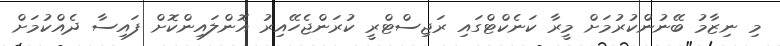
މި ނިޒާމު ބޭނުންކުުރުމަށް މީރާ ކަނެކްޓްގައި ރަޖިސްޓްރީ ކުރަންޖެހޭއިރު އޮންލައިންކޮށް ފައިސާ ދެއްކުމަށް